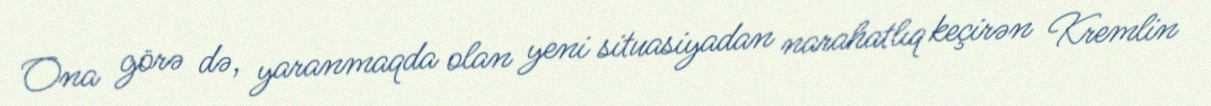
Ona görə də, yaranmaqda olan yeni situasiyadan narahatlıq keçirən Kremlin